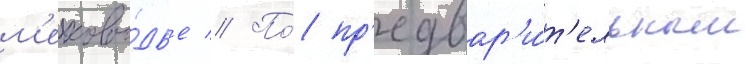
м'елково́дье // По́ пр'едвар'и́т'ельным